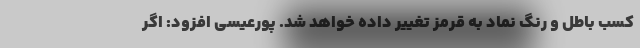
کسب باطل و رنگ نماد به قرمز تغییر داده خواهد شد. پورعیسی افزود: اگر